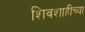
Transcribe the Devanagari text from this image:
शिवशाहीच्या